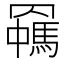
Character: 𦌯